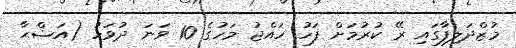
މުޒްދަލިފާގައި ރޭ ކުރުމަށް ފަހު ހައްޖު މަހުގެ 10 ވަނަ ދުވަހު (އަޟްޙާ